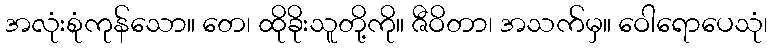
အလုံးစုံကုန်သော။ တေ၊ ထိုခိုးသူတို့ကို။ ဇီဝိတာ၊ အသက်မှ။ ဝေါရောပေသုံ၊